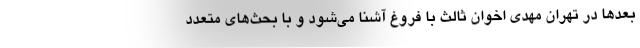
بعدها در تهران مهدی اخوان ثالث با فروغ آشنا می‌شود و با بحث‌های متعدد